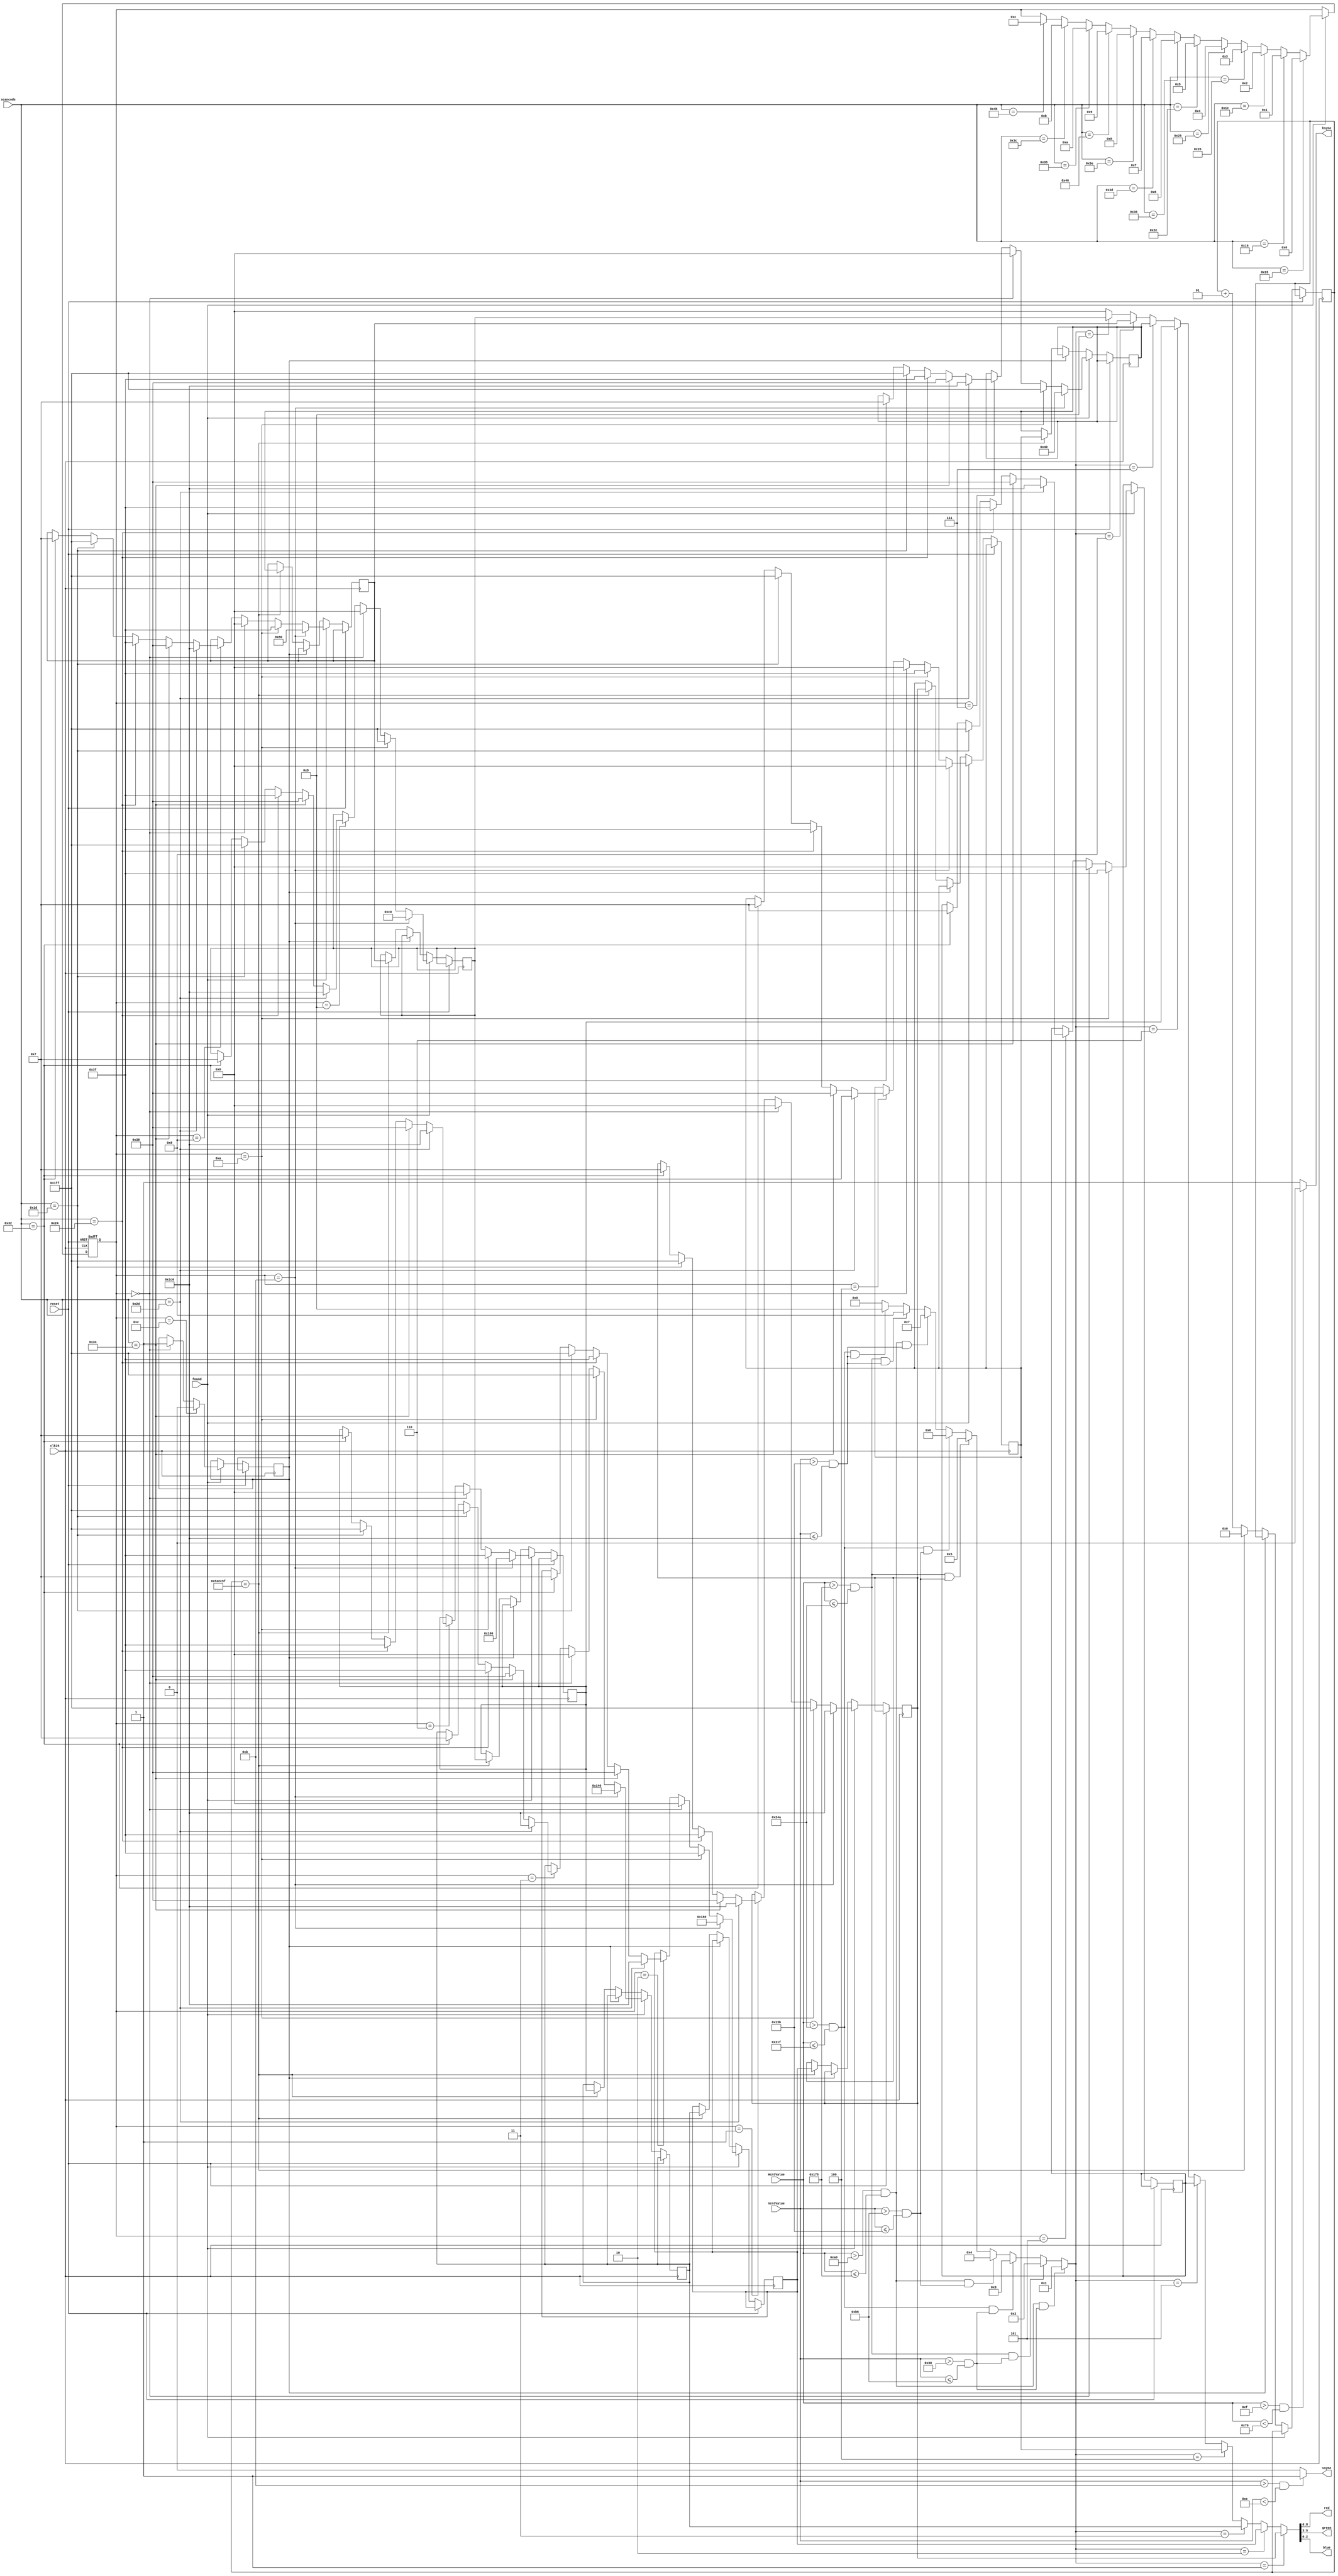
module vgasync(reset, clk25, HcntValue, VcntValue, hsync, vsync, red, green, blue, scancode, found);
input clk25, found, reset;
input [7:0] scancode;
input [9:0] HcntValue;
input [8:0] VcntValue;

output hsync, vsync;
output [2:0] red, green, blue;
integer counter = 0;
wire [3:0] section;
reg [8:0] r_rgb1, r_rgb2, r_rgb3, r_rgb4, r_rgb5, r_rgb6, r_rgb7, r_rgb8, r_rgb9;
reg [4:0] zone;
reg flag = 1;

/*
h_front_porch = 16
h_sync_pulse = 96
h_back_porch = 48

v_front_porch = 12
v_sync_pulse = 2
v_back_porch = 35
*/

assign hsync = (HcntValue > 15 && HcntValue < 112) ? 0:1; //high apo 16 - 111
assign vsync = (VcntValue > 11 && VcntValue < 14) ? 1:0; //high apo 12 - 13

assign section =	 ((HcntValue > 160 && HcntValue <= 373) && (VcntValue >  48 && VcntValue <= 182)) ? 4'd1 :																	

					 ((HcntValue > 373 && HcntValue <= 586) && (VcntValue >  48 && VcntValue <= 182)) ? 4'd2 : 

					 ((HcntValue > 586 && HcntValue <= 799) && (VcntValue >  48 && VcntValue <= 182)) ? 4'd3 : 

					 ((HcntValue > 160 && HcntValue <= 373) && (VcntValue > 182 && VcntValue <= 315)) ? 4'd4 : 

                	 ((HcntValue > 373 && HcntValue <= 586) && (VcntValue > 182 && VcntValue <= 315)) ? 4'd5 : 

					 ((HcntValue > 586 && HcntValue <= 799) && (VcntValue > 182 && VcntValue <= 315)) ? 4'd6 : 

					 ((HcntValue > 160 && HcntValue <= 373) && (VcntValue > 315 && VcntValue <= 448)) ? 4'd7 : 

					 ((HcntValue > 373 && HcntValue <= 586) && (VcntValue > 315 && VcntValue <= 448)) ? 4'd8 :
					 
					 ((HcntValue > 586 && HcntValue <= 799) && (VcntValue > 315 && VcntValue <= 448)) ? 4'd9 : 4'd0;
					 
always @(posedge clk25 or posedge reset) 
begin
	if(reset)
		begin
			zone<=0;
		end
	else if(found)
	begin
		zone <=	 (scancode == 8'h15) ? 4'd0 : //Q reset
				 (scancode == 8'h16) ? 4'd1 : //1
				 (scancode == 8'h1E) ? 4'd2 : //2
				 (scancode == 8'h26) ? 4'd3 : //3
				 (scancode == 8'h25) ? 4'd4 : //4
				 (scancode == 8'h2E) ? 4'd5 : //5
				 (scancode == 8'h36) ? 4'd6 : //6	
				 (scancode == 8'h3D) ? 4'd7 : //7
				 (scancode == 8'h3E) ? 4'd8 : //8	
				 (scancode == 8'h46) ? 4'd9 : //9
				 (scancode == 8'h35) ? 4'd10 : //Y Greek Flag
				 (scancode == 8'h3C) ? 4'd11 : //U Snace colors
				 (scancode == 8'h4B) ? 4'd12 : zone;//L Loop 
		
		if(zone==1)
			begin
			r_rgb1<= 	(scancode == 8'h2d) ? 9'b111000000 : //red
						(scancode == 8'h34) ? 9'b000111000 : //green
						(scancode == 8'h24) ? 9'b000111111 : //cyan
						(scancode == 8'h1D) ? 9'b111111111 : //white
						(scancode == 8'h32) ? 9'b000000111 : r_rgb1; //blue
			end
		if(zone==2)
			begin
			r_rgb2<= 	(scancode == 8'h2d) ? 9'b111000000 :
						(scancode == 8'h34) ? 9'b000111000 :
						(scancode == 8'h24) ? 9'b000111111 :
						(scancode == 8'h1D) ? 9'b111111111 :
						(scancode == 8'h32) ? 9'b000000111 : r_rgb2;
			end
		if(zone==3) 
			begin
			r_rgb3<= 	(scancode == 8'h2d) ? 9'b111000000 :
						(scancode == 8'h34) ? 9'b000111000 :
						(scancode == 8'h24) ? 9'b000111111 :
						(scancode == 8'h1D) ? 9'b111111111 :
						(scancode == 8'h32) ? 9'b000000111 : r_rgb3;
			end
		if(zone==4) 
			begin
			r_rgb4<= 	(scancode == 8'h2d) ? 9'b111000000 :
						(scancode == 8'h34) ? 9'b000111000 :
						(scancode == 8'h24) ? 9'b000111111 :
						(scancode == 8'h1D) ? 9'b111111111 :
						(scancode == 8'h32) ? 9'b000000111 : r_rgb4;
			end
		if(zone==5) 
			begin
			r_rgb5<= 	(scancode == 8'h2d) ? 9'b111000000 :
						(scancode == 8'h34) ? 9'b000111000 :
						(scancode == 8'h24) ? 9'b000111111 :
						(scancode == 8'h1D) ? 9'b111111111 :
						(scancode == 8'h32) ? 9'b000000111 : r_rgb5;
			end
		if(zone==6) 
			begin
			r_rgb6<= 	(scancode == 8'h2d) ? 9'b111000000 :
						(scancode == 8'h34) ? 9'b000111000 :
						(scancode == 8'h24) ? 9'b000111111 :
						(scancode == 8'h1D) ? 9'b111111111 :
						(scancode == 8'h32) ? 9'b000000111 : r_rgb6;
			end
		if(zone==7) 
			begin
			r_rgb7<= 	(scancode == 8'h2d) ? 9'b111000000 :
						(scancode == 8'h34) ? 9'b000111000 :
						(scancode == 8'h24) ? 9'b000111111 :
						(scancode == 8'h1D) ? 9'b111111111 :
						(scancode == 8'h32) ? 9'b000000111 : r_rgb7;
			end
		if(zone==8) 
			begin
			r_rgb8<= 	(scancode == 8'h2d) ? 9'b111000000 :
						(scancode == 8'h34) ? 9'b000111000 :
						(scancode == 8'h24) ? 9'b000111111 :
						(scancode == 8'h1D) ? 9'b111111111 :
						(scancode == 8'h32) ? 9'b000000111 : r_rgb8;
			end
		if(zone==9) 
			begin
			r_rgb9<= 	(scancode == 8'h2d) ? 9'b111000000 :
						(scancode == 8'h34) ? 9'b000111000 :
						(scancode == 8'h24) ? 9'b000111111 :
						(scancode == 8'h1D) ? 9'b111111111 :
						(scancode == 8'h32) ? 9'b000000111 : r_rgb9;
			end
		if(zone == 0) //reset with Q
			begin
				r_rgb1 <= 9'b000000000;
				r_rgb2 <= 9'b000000000;
				r_rgb3 <= 9'b000000000;
				r_rgb4 <= 9'b000000000;
				r_rgb5 <= 9'b000000000;
				r_rgb6 <= 9'b000000000;
				r_rgb7 <= 9'b000000000;
				r_rgb8 <= 9'b000000000;
				r_rgb9 <= 9'b000000000;
				
				flag <= 1;
			end
		if(zone == 10) //greek flag with Y
			begin
				r_rgb1 <= 9'b111111111;
				r_rgb3 <= 9'b111111111;
				r_rgb7 <= 9'b111111111;
				r_rgb9 <= 9'b111111111;
				r_rgb2 <= 9'b000111111;
				r_rgb4 <= 9'b000111111;
				r_rgb5 <= 9'b000111111;
				r_rgb6 <= 9'b000111111;
				r_rgb8 <= 9'b000111111;
				
			end
		if(zone == 12) // loop with L
			begin
				flag <= 0;
			end
		if(zone == 11) //red snake with U
		begin
				r_rgb1 <= 9'b111000000;
				r_rgb2 <= 9'b110000000;
				r_rgb3 <= 9'b101000000;
				r_rgb6 <= 9'b100000000;
				r_rgb9 <= 9'b011000000;
				r_rgb8 <= 9'b010000000;
				r_rgb7 <= 9'b001000000;
				r_rgb4 <= 9'b000000000;
		end
	end
		else if(flag==0)
					begin
					//loop
					if(counter == 5499999) //2.27Hz
					//if(counter == 12499999) //divvalue = 100MHz/(2*desired Freq) - 1 = 1 //1Hz
					begin
						counter = 0; //reset value
						r_rgb1 <= r_rgb2;
						r_rgb2 <= r_rgb3;
						r_rgb3 <= r_rgb6;
						r_rgb6 <= r_rgb9;
						r_rgb9 <= r_rgb8;
						r_rgb8 <= r_rgb7;
						r_rgb7 <= r_rgb4;
						r_rgb4 <= r_rgb1;
					end
					else
					begin
						counter = counter + 1;
					end
					end
end


assign {red, green, blue} = 		 (section == 4'd1) ? r_rgb1 :
									 (section == 4'd2) ? r_rgb2 :
									 (section == 4'd3) ? r_rgb3 :
									 (section == 4'd4) ? r_rgb4 :
									 (section == 4'd5) ? r_rgb5 :
									 (section == 4'd6) ? r_rgb6 :
									 (section == 4'd7) ? r_rgb7 :
									 (section == 4'd8) ? r_rgb8 :
									 (section == 4'd9) ? r_rgb9 : {3'h0, 3'h0, 3'h0};
endmodule